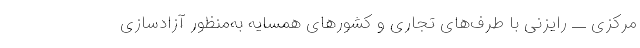
مرکزی ــ رایزنی با طرف‌های تجاری و کشورهای همسایه به‌منظور آزادسازی